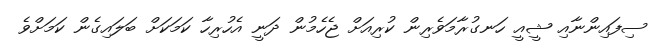
ސިފައިންނާއި ޝީއީ ހަނގުރާމަވެރިން ކުރިއަށް ޖެހެމުން ދަނީ އެހުރިހާ ކަމަކަށް ބަލައިގެން ކަމަށްވެ